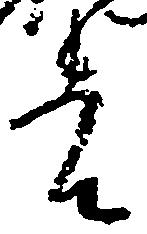
者